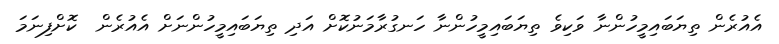
އެއުރެން ތިޔަބައިމީހުންނާ ވަކިވެ ތިޔަބައިމީހުންނާ ހަނގުރާމަނުކޮށް އަދި ތިޔަބައިމީހުންނަށް އެއުރެން  ކޮށްފިނަމަ